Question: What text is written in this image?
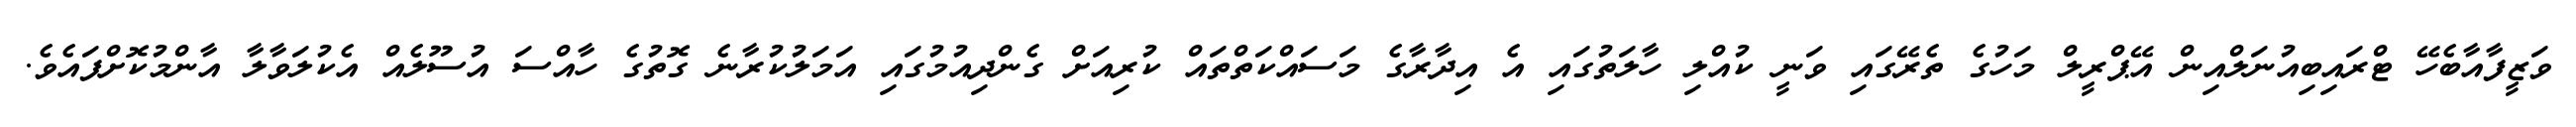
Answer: ވަޒީފާއާބެހޭ ޓްރައިބިއުނަލްއިން އޭޕްރީލް މަހުގެ ތެރޭގައި ވަނީ ކުއްލި ހާލަތުގައި އެ އިދާރާގެ މަސައްކަތްތައް ކުރިއަށް ގެންދިއުމުގައި އަމަލުކުރާނެ ގޮތުގެ ހާއްސަ އުސޫލެއް އެކުލަވާލާ އާންމުކޮށްފައެވެ.